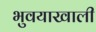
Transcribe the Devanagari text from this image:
भुवयाखाली